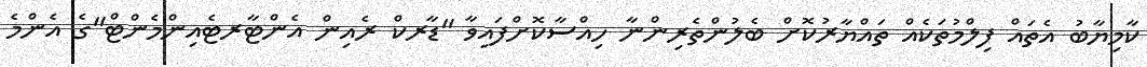
ކާމިޔާބު އެތައް ފިލްމުތަކެއް ތައްޔާރުކޮށް ބެލުންތެރިންނާ ހިއްސާކޮށްފައިވާ "ޑާރކް ރެއިން އެންޓާރޓެއިންމެންޓް"ގެ އެންމެ